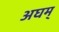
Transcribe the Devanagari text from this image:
अघम्